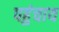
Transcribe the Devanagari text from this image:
पहुंचाय